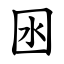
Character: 囦